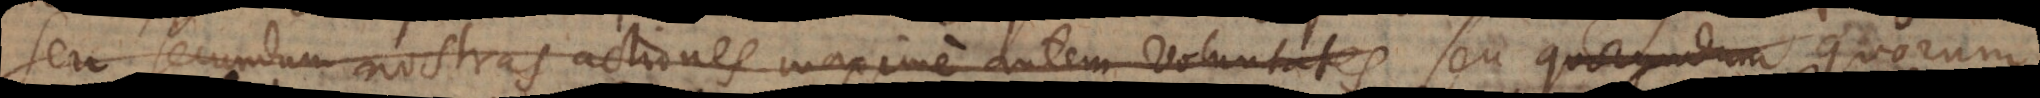
seu secundum nostras actiones maxime autem voluntates seu quorundam quorum